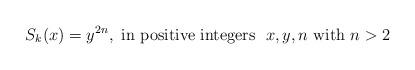
LaTeX: \begin{align*} S_{k}(x)= y^{2n}, \ \mbox{in positive integers} \ \ x,y,n \ \mbox{with} \ n>2\end{align*}